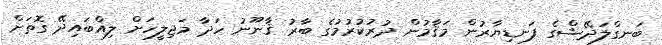
ބަނގްލަދޭޝްގެ ފަނޑިޔާރުން މަޤާމުން ދުރުކުރުމުގެ ބާރު ޤާނޫނު ހަދާ މަޖިލީހަށް ލިއްބައިދޭ ގޮތަށް